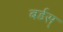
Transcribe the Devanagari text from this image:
बर्डस्